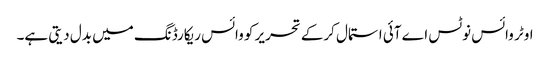
اوٹر وائس نوٹس اے آئی استمال کرکے تحریر کو وائس ریکارڈنگ میں بدل دیتی ہے۔